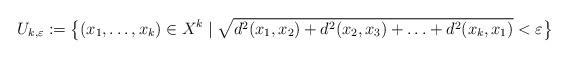
LaTeX: \begin{align*} U_{k,\varepsilon} := \big\{ (x_1, \ldots ,x_k) \in X^k \mid \sqrt{d^2(x_1,x_2 ) + d^2(x_2,x_3 ) + \ldots + d^2(x_k,x_1 )} < \varepsilon \big\} \end{align*}